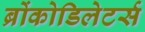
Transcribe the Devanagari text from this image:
ब्रोंकोडिलेटर्स